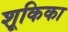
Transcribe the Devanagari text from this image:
शूकिका